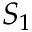
S _ { 1 }